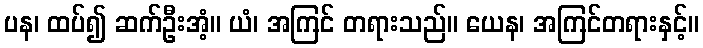
ပန၊ ထပ်၍ ဆက်ဦးအံ့။ ယံ၊ အကြင် တရားသည်။ ယေန၊ အကြင်တရားနှင့်။